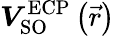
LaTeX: \boldsymbol{V}_{\textrm{SO}}^{\textrm{ECP}}\left(\vec{r}\right)